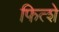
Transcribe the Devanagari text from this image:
फित्शे